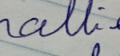
Signature authenticity: forged